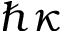
\hbar \kappa